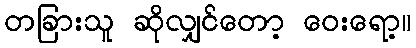
တခြားသူ ဆိုလျှင်တော့ ဝေးရော့။